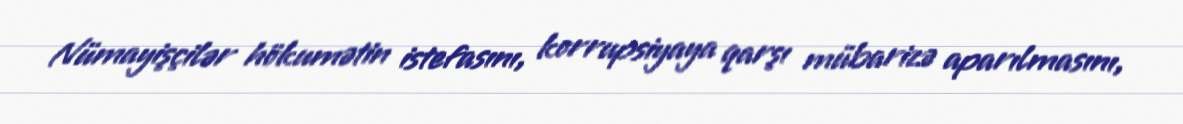
Nümayişçilər hökumətin istefasını, korrupsiyaya qarşı mübarizə aparılmasını,